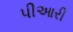
પીઆરી